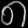
Digit: ၈